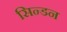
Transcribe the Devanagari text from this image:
सिन्डन